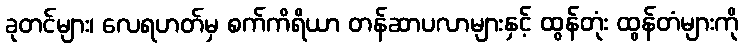
ခုတင်များ၊ လေရဟတ်မှ စက်ကိရိယာ တန်ဆာပလာများနှင့် ထွန်တုံး ထွန်တံများကို